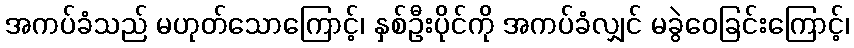
အကပ်ခံသည် မဟုတ်သောကြောင့်၊ နှစ်ဦးပိုင်ကို အကပ်ခံလျှင် မခွဲဝေခြင်းကြောင့်၊